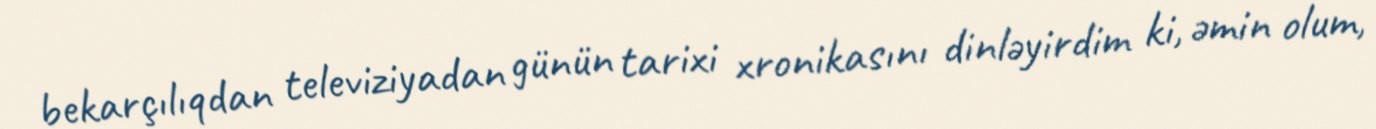
bekarçılıqdan televiziyadan günün tarixi xronikasını dinləyirdim ki, əmin olum,